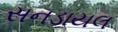
સનડાયલ